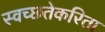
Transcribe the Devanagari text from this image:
स्वच्छतेकरिता